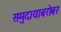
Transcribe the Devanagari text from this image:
समुदायाबरोबर